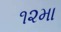
૧૨મા